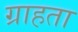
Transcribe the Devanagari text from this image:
ग्राहता